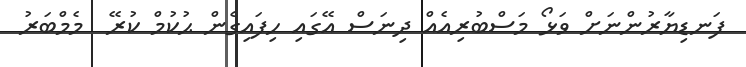
ފަނޑިޔާރުންނަށް ވަޅޯ މަސްބުރިއެއް ދިނަސް އޭގައި ހިފައިގެން ޙުކުމް ކުރޭ  މެމްބަރު